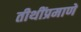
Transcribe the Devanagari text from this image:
तीथींप्रमाणे